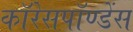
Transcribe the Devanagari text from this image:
कॉरेसपॉण्डेंस